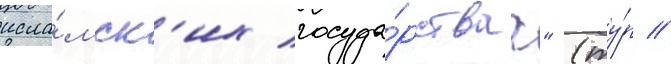
исла́мск'их госуда́рствах" (ту́р //